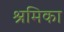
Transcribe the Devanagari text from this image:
श्रमिका